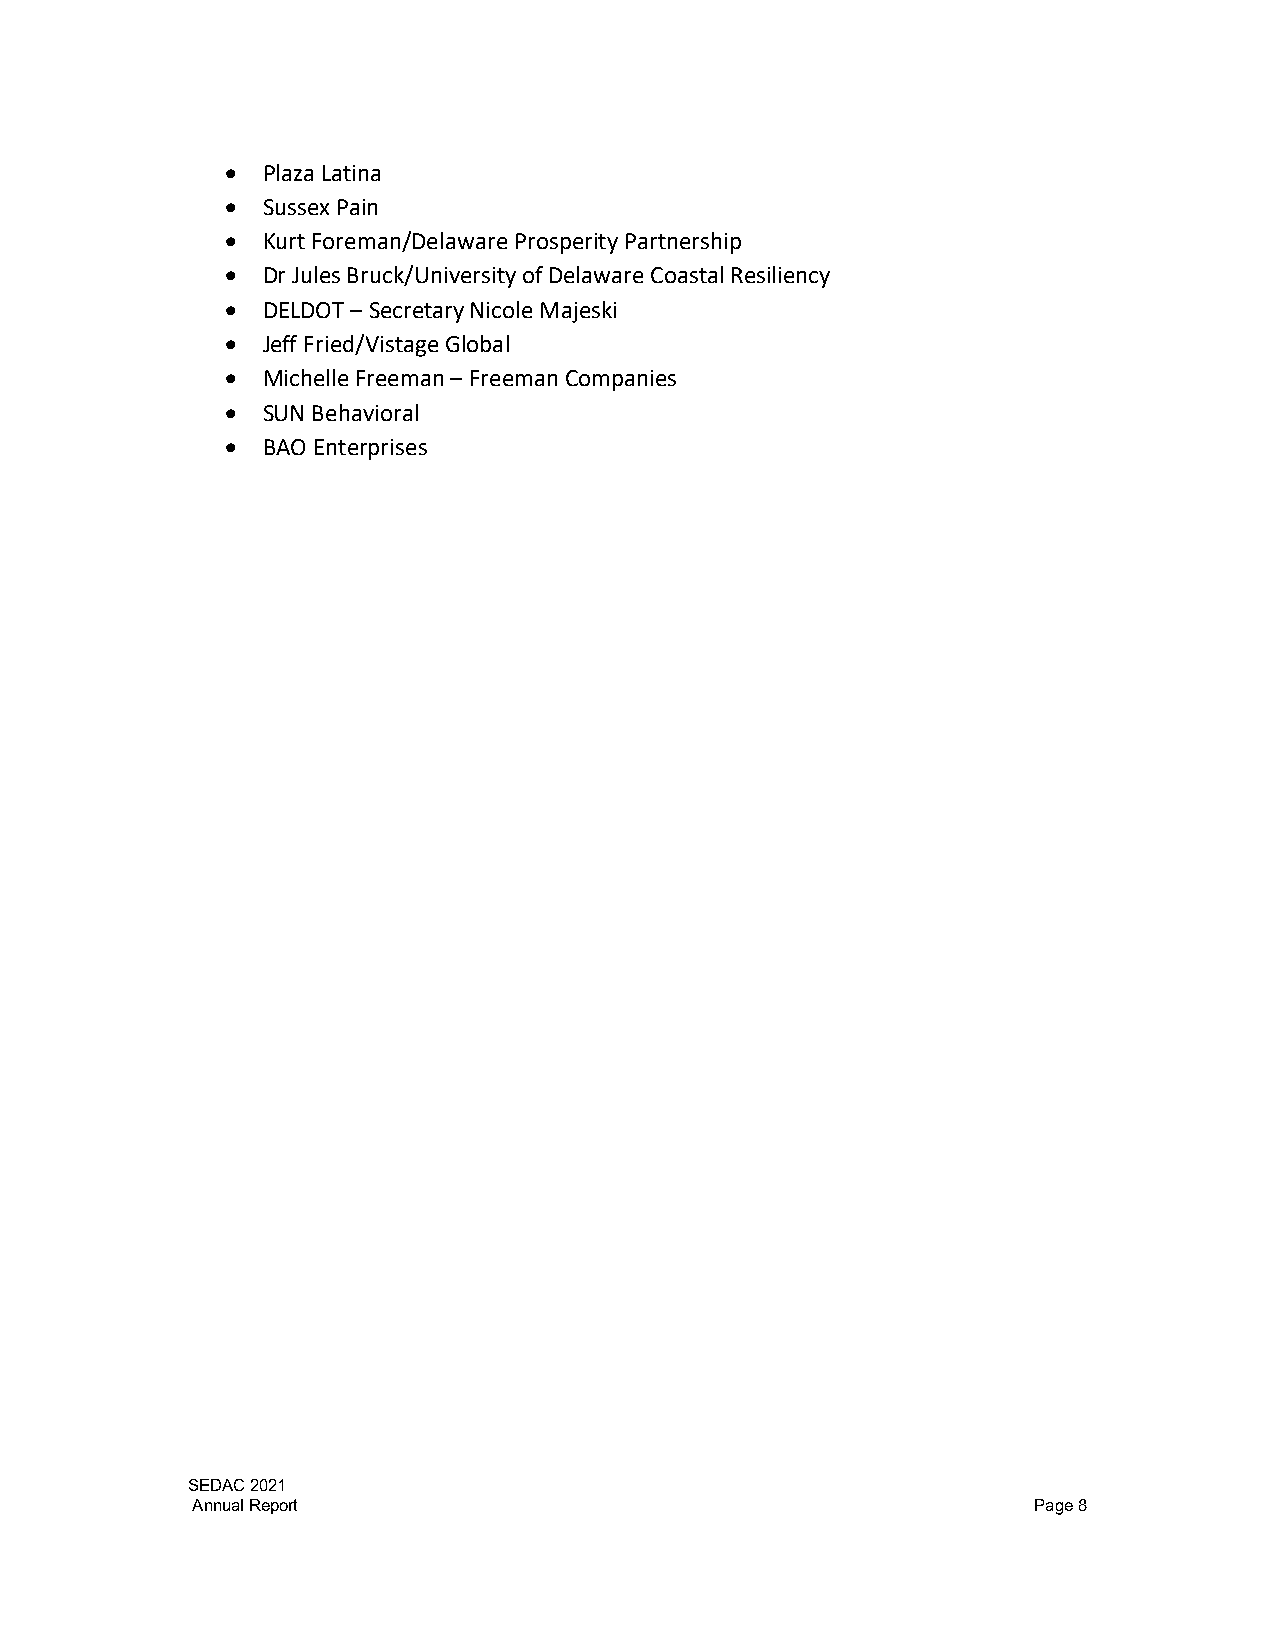
 Plaza Latina
  Sussex Pain
  Kurt Foreman/Delaware Prosperity Partnership
  Dr Jules Bruck/University of Delaware Coastal Resiliency
  DELDOT – Secretary Nicole Majeski
  Jeff Fried/Vistage Global
  Michelle Freeman – Freeman Companies
  SUN Behavioral
  BAO Enterprises
 SEDAC 2021
 Annual Report                                          Page 8